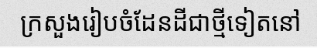
ក្រសួងរៀបចំដែនដីជាថ្មីទៀតនៅ